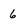
Character: 6